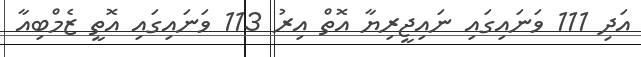
އަދި 111 ވަނައިގައި ނައިޖީރިޔާ އޮތް އިރު 113 ވަނައިގައި އޮތީ ޒެމްބިއާ